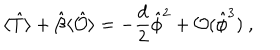
LaTeX: \langle \hat { T } \rangle + \hat { \beta } \langle \hat { \mathcal { O } } \rangle = - \frac { d } 2 \hat { \phi } ^ { 2 } + \mathcal { O } ( \hat { \phi } ^ { 3 } ) ~ ,